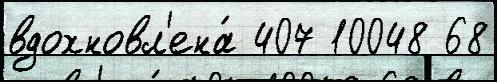
вдохновл'ена́ 407 10048 68